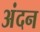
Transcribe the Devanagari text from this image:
अंदन